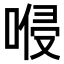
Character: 𠸬